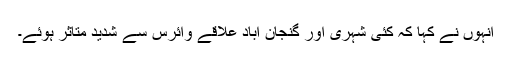
انہوں نے کہا کہ کئی شہری اور گنجان آباد علاقے وائرس سے شدید متاثر ہوئے۔